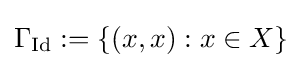
\Gamma _{\operatorname {Id} }:=\{(x,x):x\in X\}